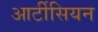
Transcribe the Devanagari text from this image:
आर्टीसियन